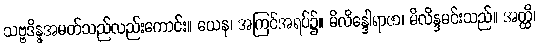
သဗ္ဗဒိန္နအမတ်သည်လည်းကောင်း။ ယေန၊ အကြင်အရပ်၌။ မိလိန္ဒေါရာဇာ၊ မိလိန္ဒမင်းသည်။ အတ္ထိ၊